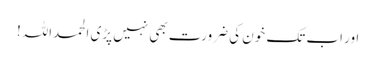
اور اب تک خون کی ضرورت بھی نہیں پڑی الحمداللہ!